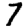
Digit: 7